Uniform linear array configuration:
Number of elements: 24
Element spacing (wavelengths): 0.25
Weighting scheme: uniform
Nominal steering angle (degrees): -60
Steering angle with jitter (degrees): -59.429
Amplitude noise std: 0.05
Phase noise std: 0.05

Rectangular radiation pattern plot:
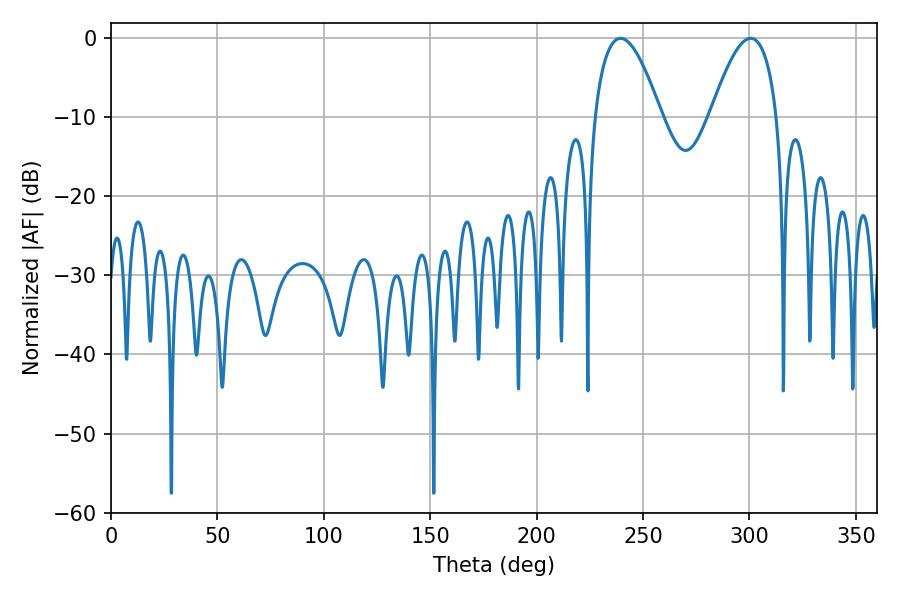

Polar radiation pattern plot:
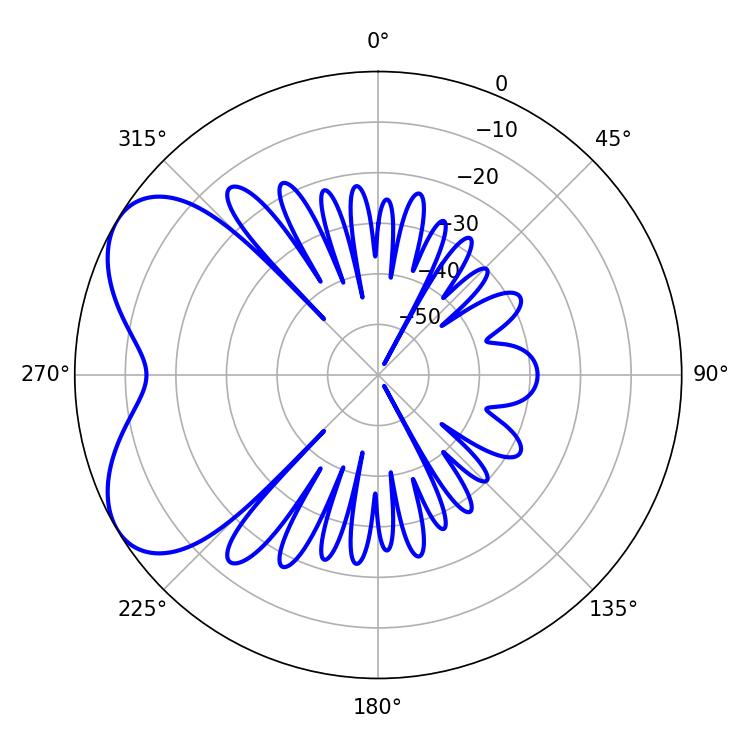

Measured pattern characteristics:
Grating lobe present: FALSE
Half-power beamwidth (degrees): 17.1
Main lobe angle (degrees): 239.4